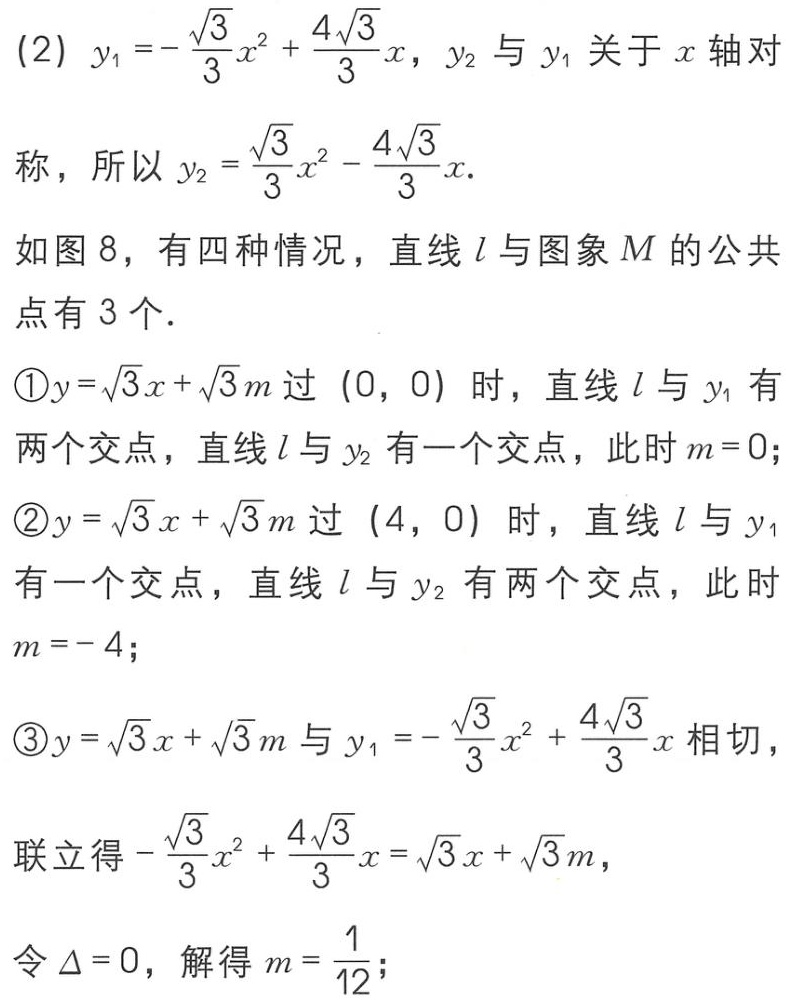
(2) \(y_1 = -\frac{\sqrt{3}}{3}x^{2}+\frac{4\sqrt{3}}{3}x\)，\(y_2\) 与 \(y_1\) 关于 \(x\) 轴对称，所以 \(y_2=\frac{\sqrt{3}}{3}x^{2}-\frac{4\sqrt{3}}{3}x\).
如图 8，有四种情况，直线 \(l\) 与图象 \(M\) 的公共点有 3 个.
\textcircled{1}\(y = \sqrt{3}x+\sqrt{3}m\) 过 \((0, 0)\) 时，直线 \(l\) 与 \(y_1\) 有两个交点，直线 \(l\) 与 \(y_2\) 有一个交点，此时 \(m = 0\);
\textcircled{2}\(y=\sqrt{3}x+\sqrt{3}m\) 过 \((4, 0)\) 时，直线 \(l\) 与 \(y_1\) 有一个交点，直线 \(l\) 与 \(y_2\) 有两个交点，此时 \(m=-4\);
\textcircled{3}\(y=\sqrt{3}x+\sqrt{3}m\) 与 \(y_1 = -\frac{\sqrt{3}}{3}x^{2}+\frac{4\sqrt{3}}{3}x\) 相切，
联立得 \(-\frac{\sqrt{3}}{3}x^{2}+\frac{4\sqrt{3}}{3}x=\sqrt{3}x+\sqrt{3}m\)，
令 \(\Delta = 0\)，解得 \(m=\frac{1}{12}\);